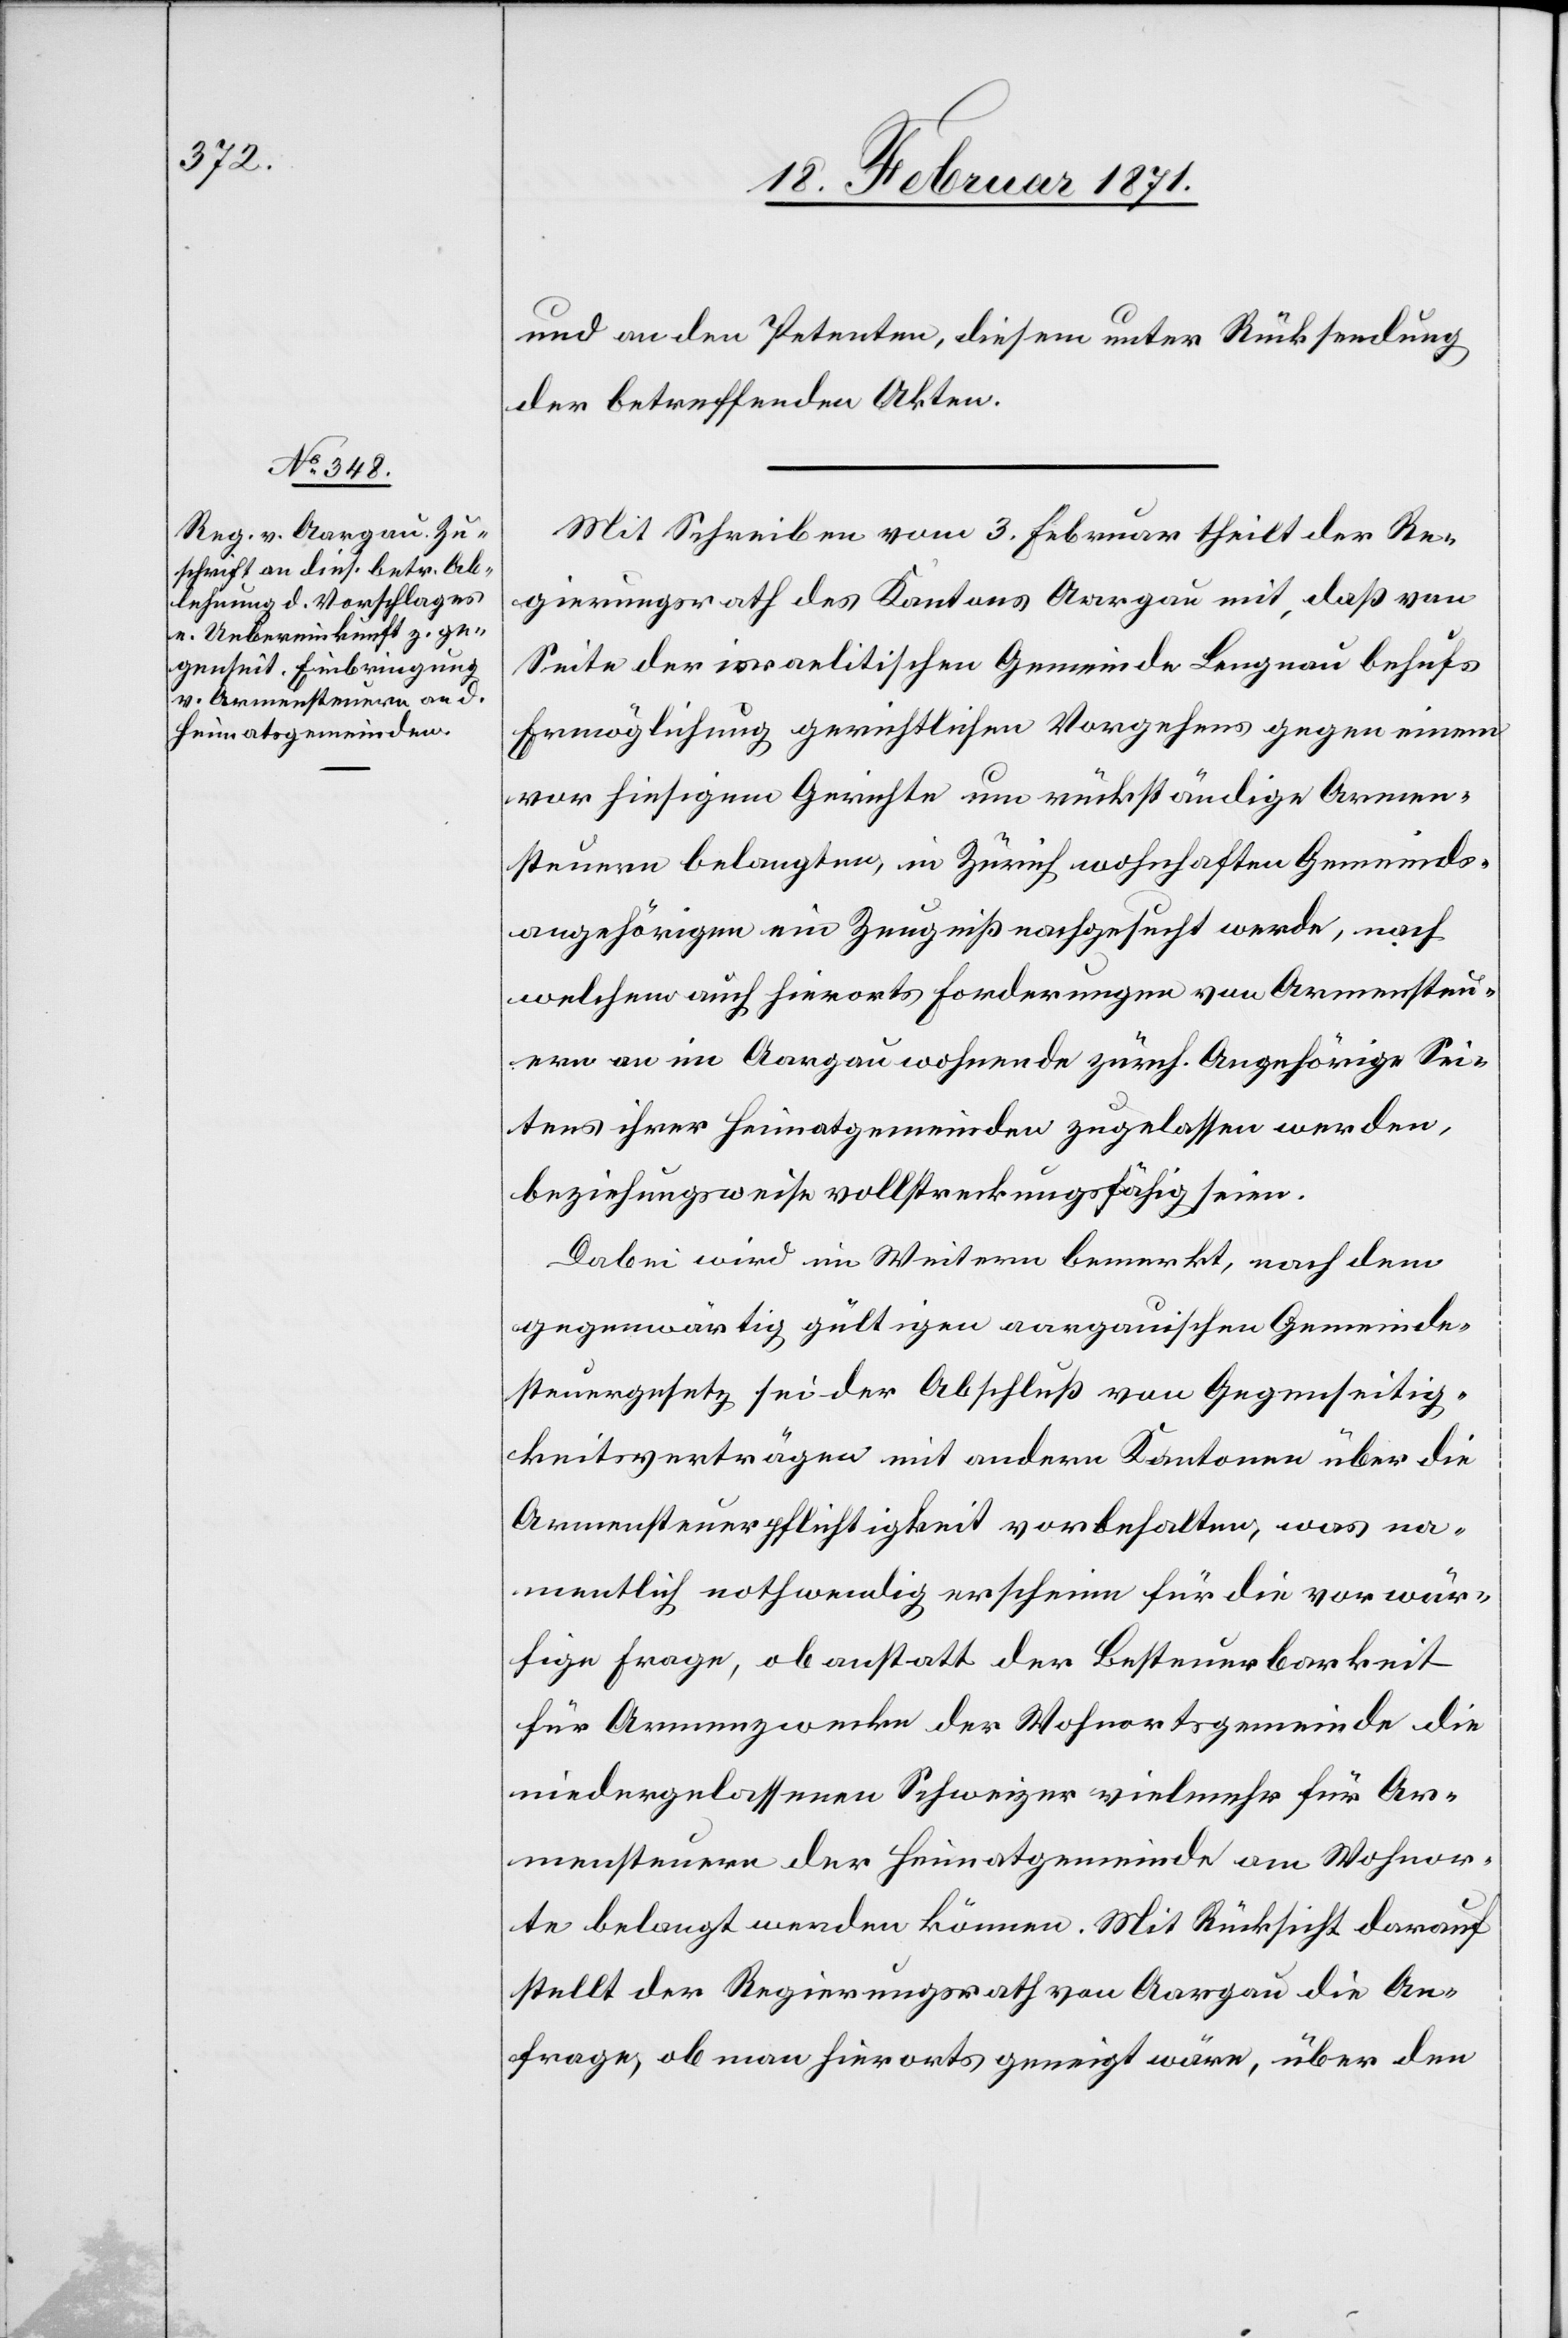
und an den Petenten, diesem unter Rücksendung
der betreffenden Akten.
Mit Schreiben vom 3. Februar theilt der Re¬
gierungsrath des Kantons Aargau mit, daß von
Seite der israelitischen Gemeinde Langnau behufs
Ermöglichung gerichtlichen Vorgehens gegen einem
vor hiesigem Gerichte um rückständige Armen¬
steuern belangten, in Zürich wohnhaften Gemeinds¬
angehörigen ein Zeugniß nachgesucht werde, nach
welchem auch hierorts Forderungen von Armensteu¬
ern an im Aargau wohnende zürch. Angehörige Sei¬
tens ihrer Heimatgemeinde zugelassen werden,
beziehungsweise vollstreckungsfähig seien.
Dabei wird im Weitern bemerkt, nach dem
gegenwärtig gültigen aargauischen Gemeinde¬
steuergesetz sei der Abschluß von Gegenseitig¬
keitsverträgen mit andern Kantonen über die
Armensteuerpflichtigkeit vorbehalten, was na¬
mentlich nothwendig erscheine für die vorwür¬
fige Frage, ob anstatt der Besteuerbarkeit
für Armenzwecke der Wohnortsgemeinde die
niedergelassenen Schweizer vielmehr für Ar¬
mensteuern der Heimatgemeinde am Wohnor¬
te belangt werden können. Mit Rücksicht darauf
stellt der Regierungsrath von Aargau die An¬
frage, ob man hierorts geneigt wäre, über den